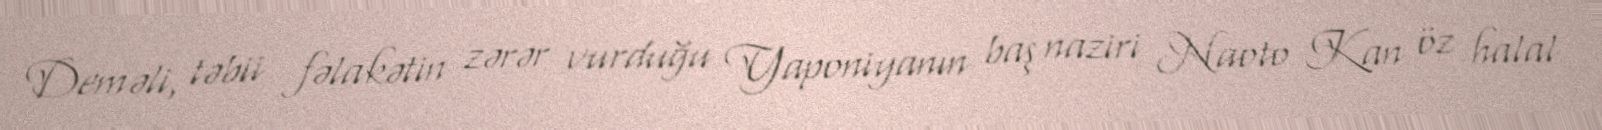
Deməli, təbii fəlakətin zərər vurduğu Yaponiyanın baş naziri Naoto Kan öz halal